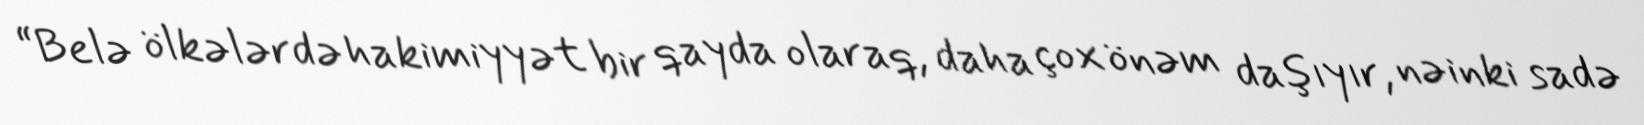
“Belə ölkələrdə hakimiyyət bir qayda olaraq, daha çox önəm daşıyır, nəinki sadə